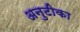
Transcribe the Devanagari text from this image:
अनुटीका